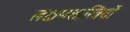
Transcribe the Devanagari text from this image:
लक्षणशास्त्रियों